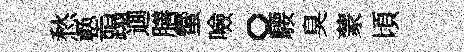
愁塾蹋逥膳蠁噞。騕臭蒙頃